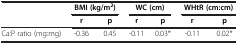
<table><thead><tr><td><b> </b></td><td colspan="2"><b>BMI (kg/m<sup>2</sup>)</b></td><td colspan="2"><b>WC (cm)</b></td><td colspan="2"><b>WHtR (cm:cm)</b></td></tr><tr><td><b> </b></td><td><b>r</b></td><td><b>p</b></td><td><b>r</b></td><td><b>p</b></td><td><b>r</b></td><td><b>p</b></td></tr></thead><tbody><tr><td>Ca:P ratio (mg:mg)</td><td>-0.36</td><td>0.45</td><td>-0.11</td><td>0.03*</td><td>-0.11</td><td>0.02*</td></tr></tbody></table>